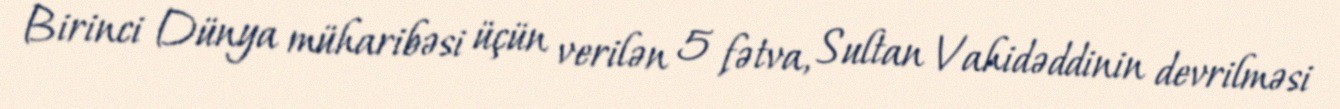
Birinci Dünya müharibəsi üçün verilən 5 fətva, Sultan Vahidəddinin devrilməsi